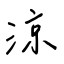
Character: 涼